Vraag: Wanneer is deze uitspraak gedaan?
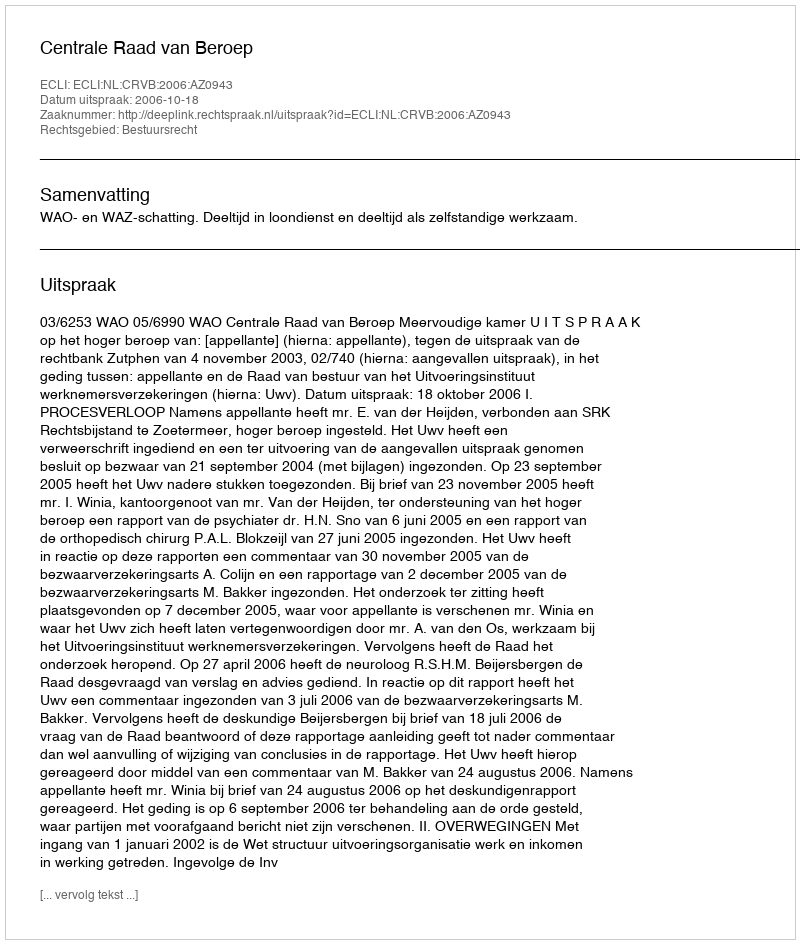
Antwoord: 2006-10-18